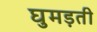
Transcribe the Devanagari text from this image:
घुमड़ती